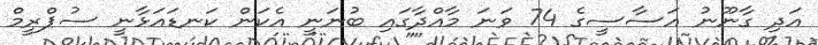
އަދި ގާނޫނު އަސާސީގެ 74 ވަނަ މާއްދާގައި ބުނަނީ އެކަން ކަނޑައަޅާނީ ސުޕްރީމް